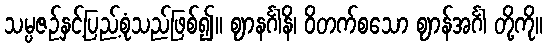
သမ္ပဇဉ်နှင့်ပြည့်စုံသည်ဖြစ်၍။ ဈာနင်္ဂါနိ၊ ဝိတက်စသော ဈာန်အင်္ဂါ တို့ကို။